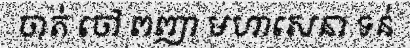
ចាត់ ចៅ ពញា មហាសេនា ទន់